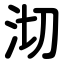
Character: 沏